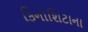
કિનોશિટાના